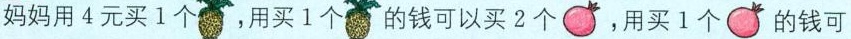
妈妈用4元买1个，用买1个的钱可以买2个，用买1个的钱可